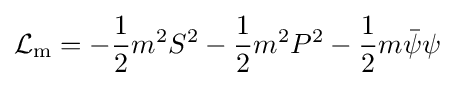
{\mathcal {L}}_{\text{m}}=-{\frac {1}{2}}m^{2}S^{2}-{\frac {1}{2}}m^{2}P^{2}-{\frac {1}{2}}m{\bar {\psi }}\psi